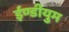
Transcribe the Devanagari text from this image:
ईण्डीयुम